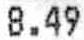
8.49